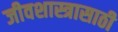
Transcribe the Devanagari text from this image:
जीवशास्त्रासाठी